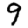
Digit: 9